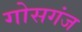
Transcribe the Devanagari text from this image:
गोसगंज